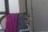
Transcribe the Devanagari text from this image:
उ्